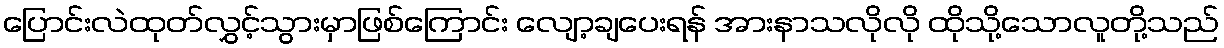
ပြောင်းလဲထုတ်လွှင့်သွားမှာဖြစ်ကြောင်း လျော့ချပေးရန် အားနာသလိုလို ထိုသို့သောလူတို့သည်